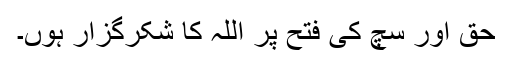
حق اور سچ کی فتح پر اللہ کا شکرگزار ہوں۔